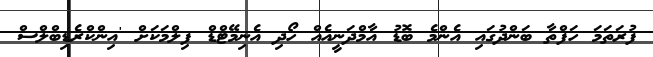
ފުރަތަމަ ހަފްތާ ބަންދުގައި އެންމެ ބޮޑު އާމްދަނީއެއް ހޯދި އެނިމޭޓްޑް ފިލްމަކަށް 'އިންކްރެޑިބްލްސް